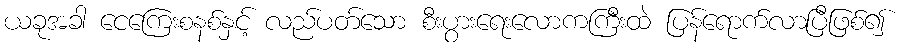
ယခုအခါ ငေကြေးစနစ်နှင့် လည်ပတ်သော စီးပွားရေးလောကကြီးထဲ ပြန်ရောက်လာပြီဖြစ်၍